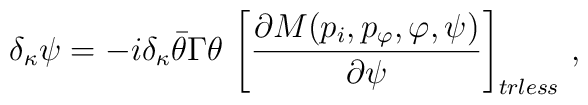
\delta_\kappa\psi=-i\delta_\kappa\bar\theta\Gamma\theta\,\left[{{\partial M(p_i,p_{\varphi},\varphi,\psi)}\over{\partial\psi}}\right]_{trless}\,,